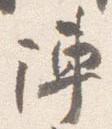
陣